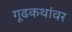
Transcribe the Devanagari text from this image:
गूढकथांवर